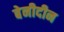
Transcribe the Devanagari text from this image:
बेनीदीन